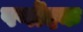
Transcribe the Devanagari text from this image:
पर्णोदक